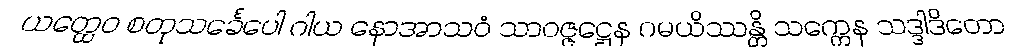
ယတ္ထေဝ စတုသင်္ခေပေါ ဂါယ နောအာသဝံ သာဝဇ္ဇဋ္ဌေန ဂမယိဿန္တိ သက္ကေန သဒ္ဒါဒိတော